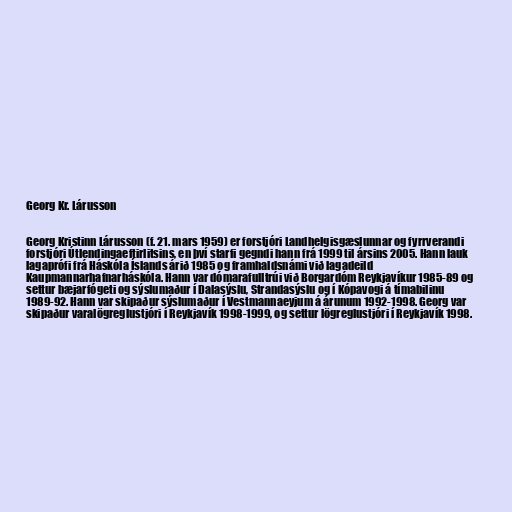
Georg Kr. Lárusson

Georg Kristinn Lárusson (f. 21. mars 1959) er forstjóri Landhelgisgæslunnar og fyrrverandi
forstjóri Útlendingaeftirlitsins, en því starfi gegndi hann frá 1999 til ársins 2005. Hann lauk
lagaprófi frá Háskóla Íslands árið 1985 og framhaldsnámi við lagadeild
Kaupmannarhafnarháskóla. Hann var dómarafulltrúi við Borgardóm Reykjavíkur 1985-89 og
settur bæjarfógeti og sýslumaður í Dalasýslu, Strandasýslu og í Kópavogi á tímabilinu
1989-92. Hann var skipaður sýslumaður í Vestmannaeyjum á árunum 1992-1998. Georg var
skipaður varalögreglustjóri í Reykjavík 1998-1999, og settur lögreglustjóri í Reykjavík 1998.